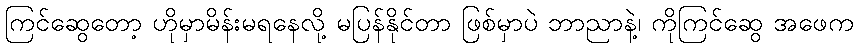
ကြင်ဆွေတော့ ဟိုမှာမိန်းမရနေလို့ မပြန်နိုင်တာ ဖြစ်မှာပဲ ဘာညာနဲ့၊ ကိုကြင်ဆွေ အဖေက